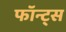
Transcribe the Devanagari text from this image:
फॉन्ट्‌स